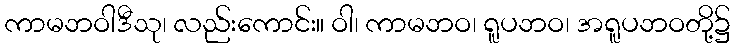
ကာမဘဝါဒီသု၊ လည်းကောင်း။ ဝါ၊ ကာမဘဝ၊ ရူပဘဝ၊ အရူပဘဝတို့၌